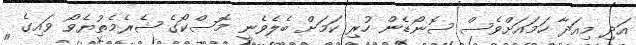
އަދި މިއަދާ ހަމައަށްވެސް ސޮނޯޑެން ހުރި ކަމަށް ބެލެވެނީ މޮސްކޯގެ ޝެރެމެތުޔެވޯ ވައިގެ